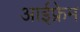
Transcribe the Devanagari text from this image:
आईफ्रेम